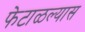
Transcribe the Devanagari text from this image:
फेटाळल्यास